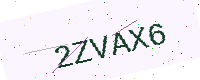
Text: 2ZVAX6